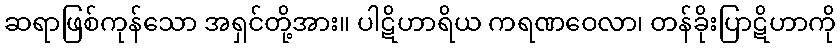
ဆရာဖြစ်ကုန်သော အရှင်တို့အား။ ပါဋိဟာရိယ ကရဏဝေလာ၊ တန်ခိုးပြာဋိဟာကို